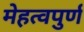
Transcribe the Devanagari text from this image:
मेहत्वपुर्ण